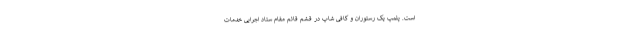
است. پلمپ یک رستوران و کافی شاپ در قشم قائم مقام ستاد اجرایی خدمات